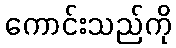
ကောင်းသည်ကို